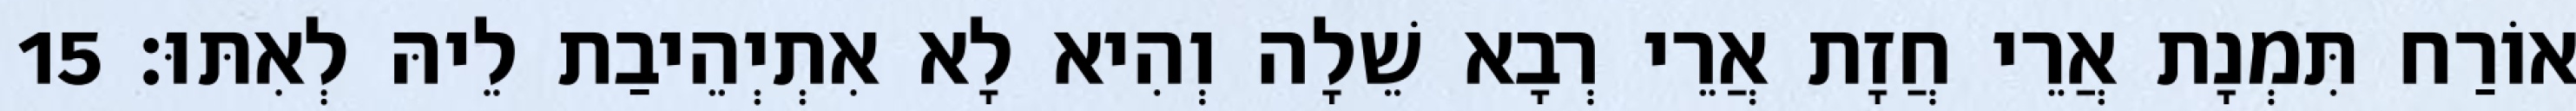
אוֹרַח תִּמְנָת אֲרֵי חֲזָת אֲרֵי רְבָא שֵׁלָה וְהִיא לָא אִתְיְהֵיבַת לֵיהּ לְאִתּוּ׃ 15